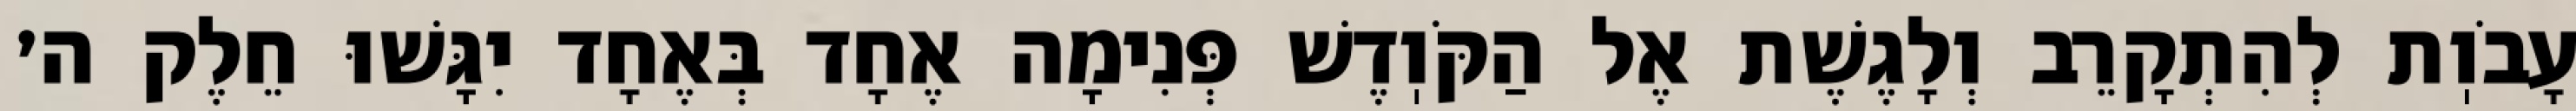
עָבֹוֽת לְהִתְקָרֵב וְלָגֶשֶׁת אֶל הַקֹּוֽדֶשׁ פְּנִימָה אֶחָד בְּאֶחָד יִגָּשׁוּ חֵלֶק ה׳